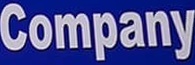
Company